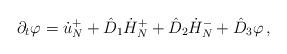
LaTeX: \begin{align*}\partial_t\varphi=\dot u^+_N+\hat D_1\dot H^+_{N}+\hat D_2\dot H^-_N+\hat D_3\varphi\,,\end{align*}